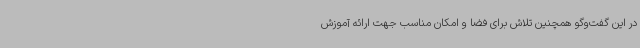
در این گفت‌وگو همچنین تلاش برای فضا و امکان مناسب جهت ارائه آموزش